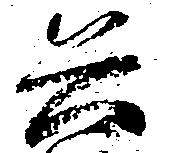
兵